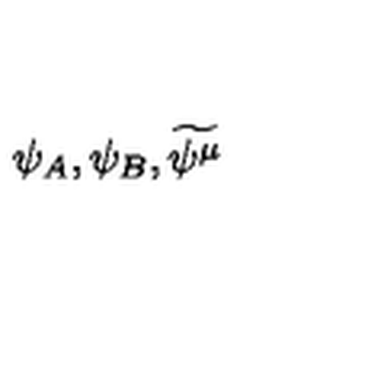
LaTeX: \psi _ { A } , \psi _ { B } , \widetilde { \psi ^ { \mu } }